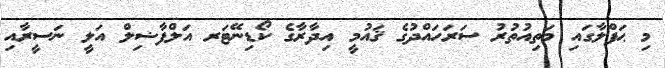
މި ޙަފްލާގައި މަތިއުތުރު ސަރަހައްދުގެ ޤައުމީ އިދާރާގެ ކޯޑިނޭޓަރ އަލްފާޟިލް އަލީ ނަސީރާއި